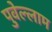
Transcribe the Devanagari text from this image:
पुवेल्लाम